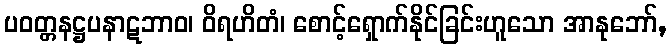
ပဝတ္တနဋ္ဌပနာဋဘာဝ၊ ဝိရဟိတံ၊ စောင့်ရှောက်နိုင်ခြင်းဟူသော အာနုဘော်,